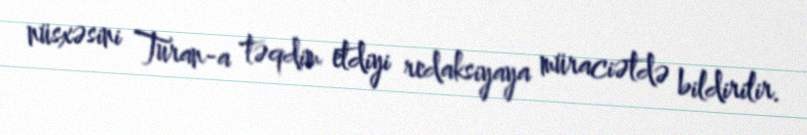
nüsxəsini Turan-a təqdim etdiyi redaksiyaya müraciətdə bildirilir.